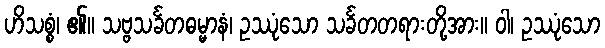
ဟိသစ္စံ၊ ၏။ သဗ္ဗသင်္ခတဓမ္မာနံ၊ ဥဿုံသော သင်္ခတတရားတို့အား။ ဝါ၊ ဥဿုံသော